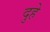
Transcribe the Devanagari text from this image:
दुहे